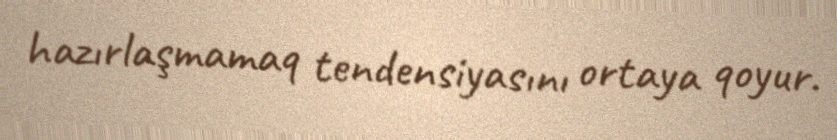
hazırlaşmamaq tendensiyasını ortaya qoyur.